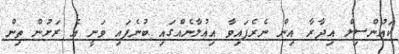
ކައުންސިލް އިދާރާ އިން ނެރެފައިވާ އިއުލާނެއްގައި ބުނެފައި ވަނީ އެ ރަށުން ތިން